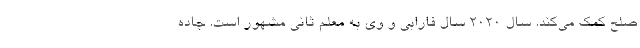
صلح کمک می‌کند. سال ۲۰۲۰ سال فارابی و وی به معلم ثانی مشهور است. جاده